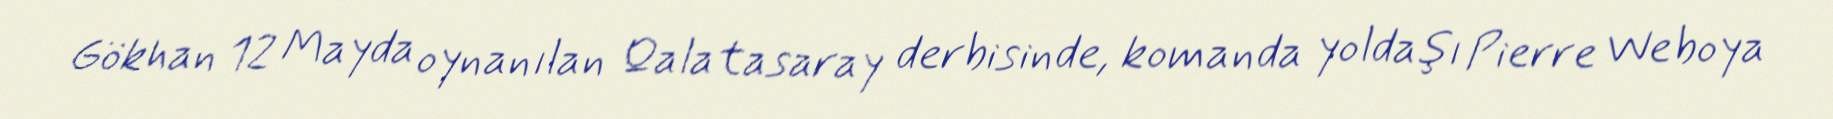
Gökhan 12 Mayda oynanılan Qalatasaray derbisinde, komanda yoldaşı Pierre Weboya